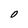
Character: O